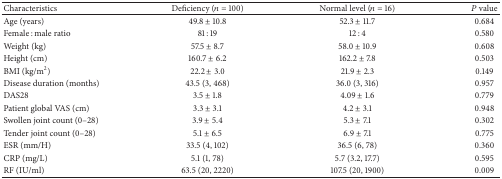
| Characteristics | Deficiency (n = 100) | Normal level (n = 16) | P value |
 | --- | --- | --- | --- |
 | Age (years) | 49.8 ± 10.8 | 52.3 ± 11.7 | 0.684 |
 | Female : male ratio | 81 : 19 | 12 : 4 | 0.580 |
 | Weight (kg) | 57.5 ± 8.7 | 58.0 ± 10.9 | 0.608 |
 | Height (cm) | 160.7 ± 6.2 | 162.2 ± 7.8 | 0.503 |
 | BMI (kg/m2) | 22.2 ± 3.0 | 21.9 ± 2.3 | 0.149 |
 | Disease duration (months) | 43.5 (3, 468) | 36.0 (3, 316) | 0.957 |
 | DAS28 | 3.5 ± 1.8 | 4.09 ± 1.6 | 0.779 |
 | Patient global VAS (cm) | 3.3 ± 3.1 | 4.2 ± 3.1 | 0.948 |
 | Swollen joint count (0–28) | 3.9 ± 5.4 | 5.3 ± 7.1 | 0.302 |
 | Tender joint count (0–28) | 5.1 ± 6.5 | 6.9 ± 7.1 | 0.775 |
 | ESR (mm/H) | 33.5 (4, 102) | 36.5 (6, 78) | 0.360 |
 | CRP (mg/L) | 5.1 (1, 78) | 5.7 (3.2, 17.7) | 0.595 |
 | RF (IU/ml) | 63.5 (20, 2220) | 107.5 (20, 1900) | 0.009 |